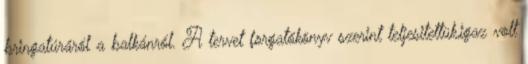
bringatúráról a balkánról. A tervet forgatókönyv szerint teljesitettük,igaz volt